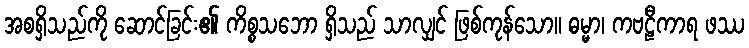
အစရှိသည်ကို ဆောင်ခြင်း၏ ကိစ္စသဘော ရှိသည် သာလျှင် ဖြစ်ကုန်သော။ ဓမ္မာ၊ ကဗဠီကာရ ဖဿ